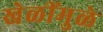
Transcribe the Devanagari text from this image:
खेळींमुळे